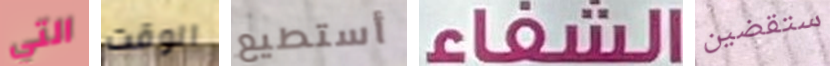
التي الوقت أستطيع الشفاء ستقضين